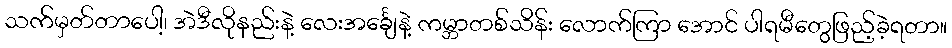
သက်မှတ်တာပေါ့၊ အဲဒီလိုနည်းနဲ့ လေးအင်္ချေနဲ့ ကမ္ဘာတစ်သိန်း လောက်ကြာ အောင် ပါရမီတွေဖြည့်ခဲ့ရတာ။